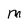
Character: M